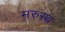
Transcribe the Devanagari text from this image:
मरुस्थ